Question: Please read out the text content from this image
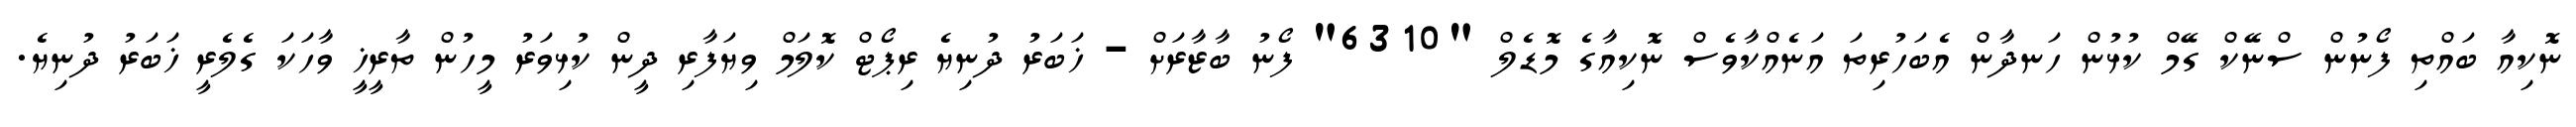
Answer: ނޮކިއާ ބައްތި ފޯނުން ސްނޭކް ގޭމް ކުޅުން ހަނދާން އެބަހުރިތަ އަނެއްކާވެސް ނޮކިއާގެ މޮޑެލް "6310" ފޯނު ބާޒާރަށް - ޚަބަރު ދުނިޔެ ރިޕޯޓް ކޮލަމް ވިޔަފާރި ދީން ކުޅިވަރު މީހުން ތާރީޚީ ވާހަކަ ގެލެރީ ޚަބަރު ދުނިޔެ.